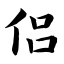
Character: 侣